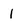
Character: I